Medical and sanitary report of the native army of Bengal for the year
Year: 1875
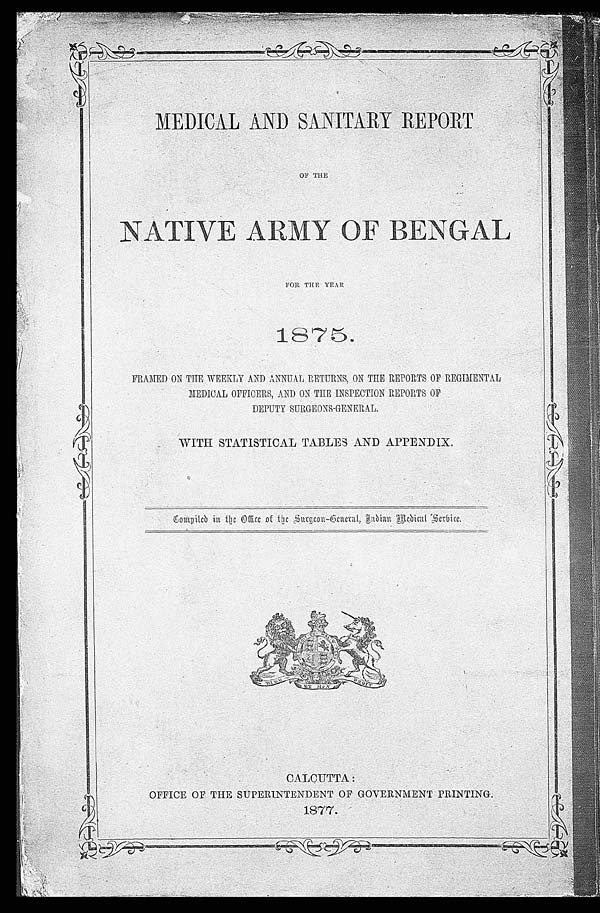
OF T
H E
N A T I V E A R M Y O F B E N G A LF
O R T H E Y E A R
1 8 7 5 .
FRAMED ON THE WEEKLY AND ANNUAL RETURNS, ON THE REPORTS
OF REGIMENTAL
MEDICAL OFFICERS, AND ON THE INSPECTION REPORTS OF
DEPUTY SURGEONS-GENERAL.
WITH STATISTICAL TABLES AND APPENDIX.
C o m p i l e d i n t h e O f f i c e o f t h e S u r g e o n - G e n e r a l , I n d i a M e d i c a l S e r v i c e .
CALCUTTA:
OFFI CE OF THE SUPERI NTENDENT OF GOVERNMENT PRI NTI NG.
1877.